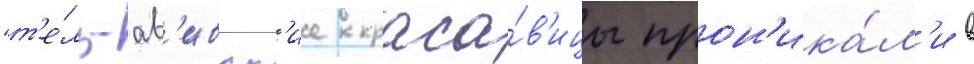
"т'е́ль-ав'ивск'ие краса́в'ицы прон'ика́л'и в